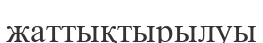
жаттықтырылуы